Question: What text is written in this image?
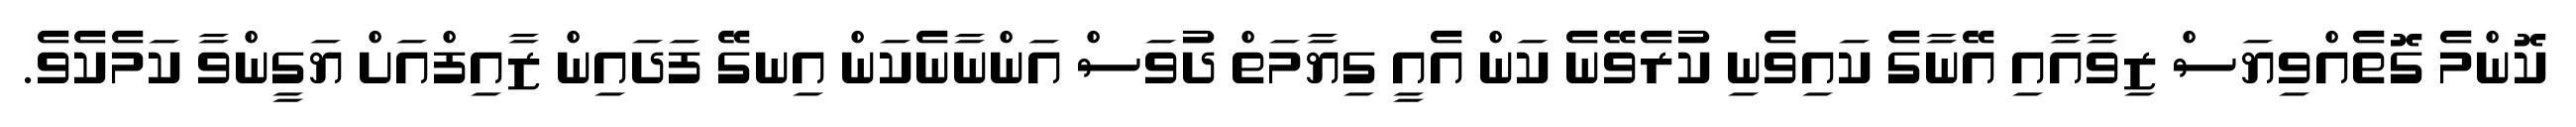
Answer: ކޮންމެ ގޮތެއްވިޔަސް ޒިވާއާއި އޭނާގެ ކައިވެނި ކުރެވޭނެ ކަން އެއީ ގިޔާމަތް ދުވަސް އަންނާނެކަން އިނގޭ ފަދައިން ޒާއިފްއަށް ޔަގީންވާ ކަމެކެވެ.